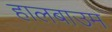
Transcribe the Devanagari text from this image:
हालबाउम